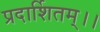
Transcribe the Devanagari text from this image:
प्रदार्शितम्।।